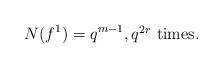
LaTeX: \begin{align*}N(f^1)=q^{m-1}, \mbox{$q^{2r}$ times.}\end{align*}